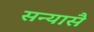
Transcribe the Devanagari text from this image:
सन्यासै